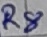
Text: R8